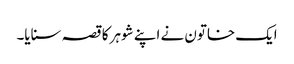
ایک خاتون نے اپنے شوہر کا قصہ سنایا۔